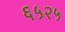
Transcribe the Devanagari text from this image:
६५२५